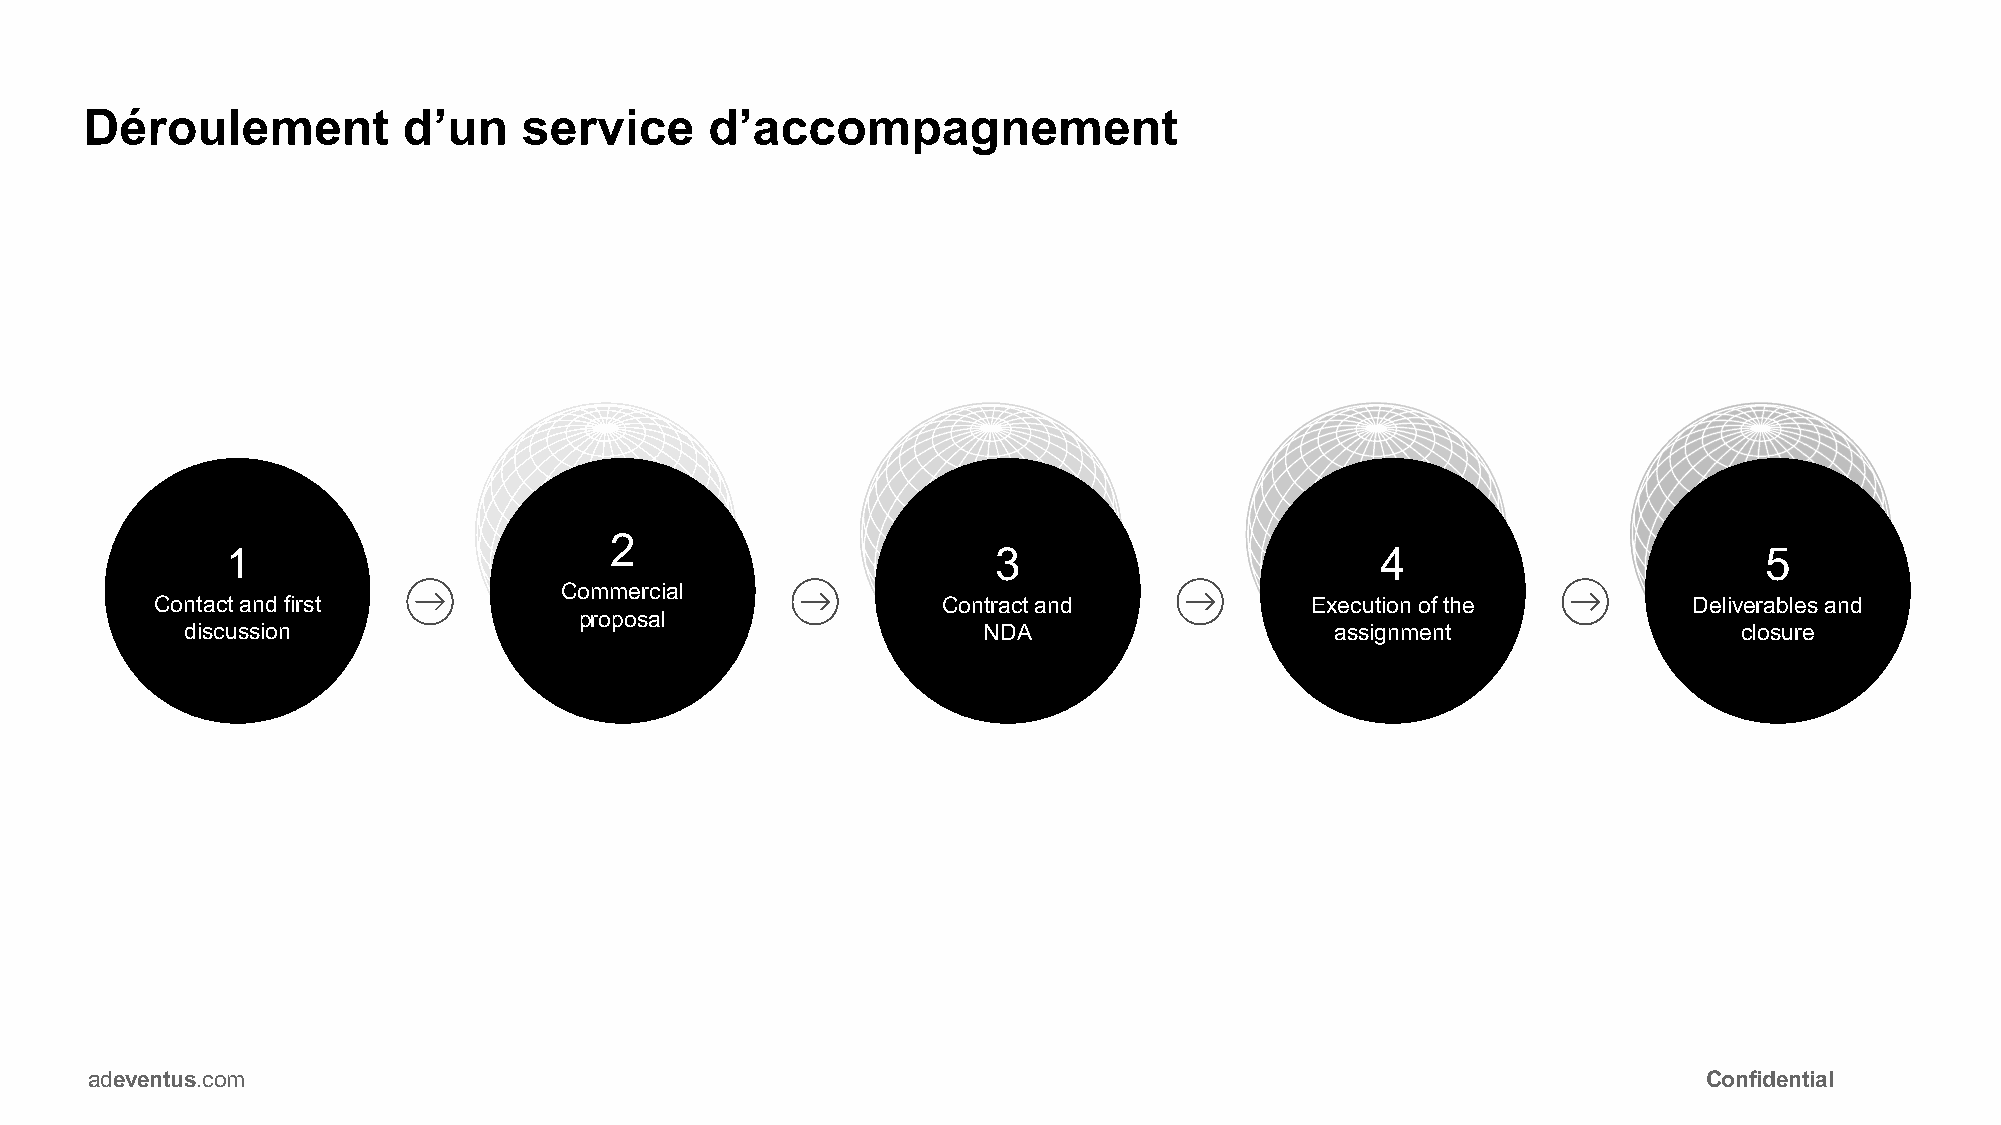
Déroulement          d’un    service     d’accompagnement
 2
 1                                                  3                        4                         5
 Commercial
 Contact and first                                   Contract and             Execution of the         Deliverables and
 proposal
 discussion                                           NDA                    assignment                 closure
 a.deventus.com                                                                                             Confidential